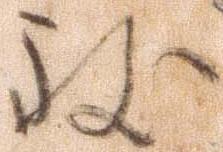
致